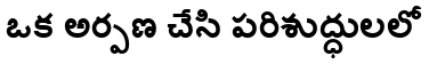
ఒక అర్పణ చేసి పరిశుద్ధులలో